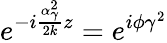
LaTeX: e^{-i\frac{\alpha_{\gamma}^{2}}{2k}z}=e^{i\phi\gamma^{2}}